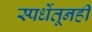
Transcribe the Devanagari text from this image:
स्पर्धेतूनही